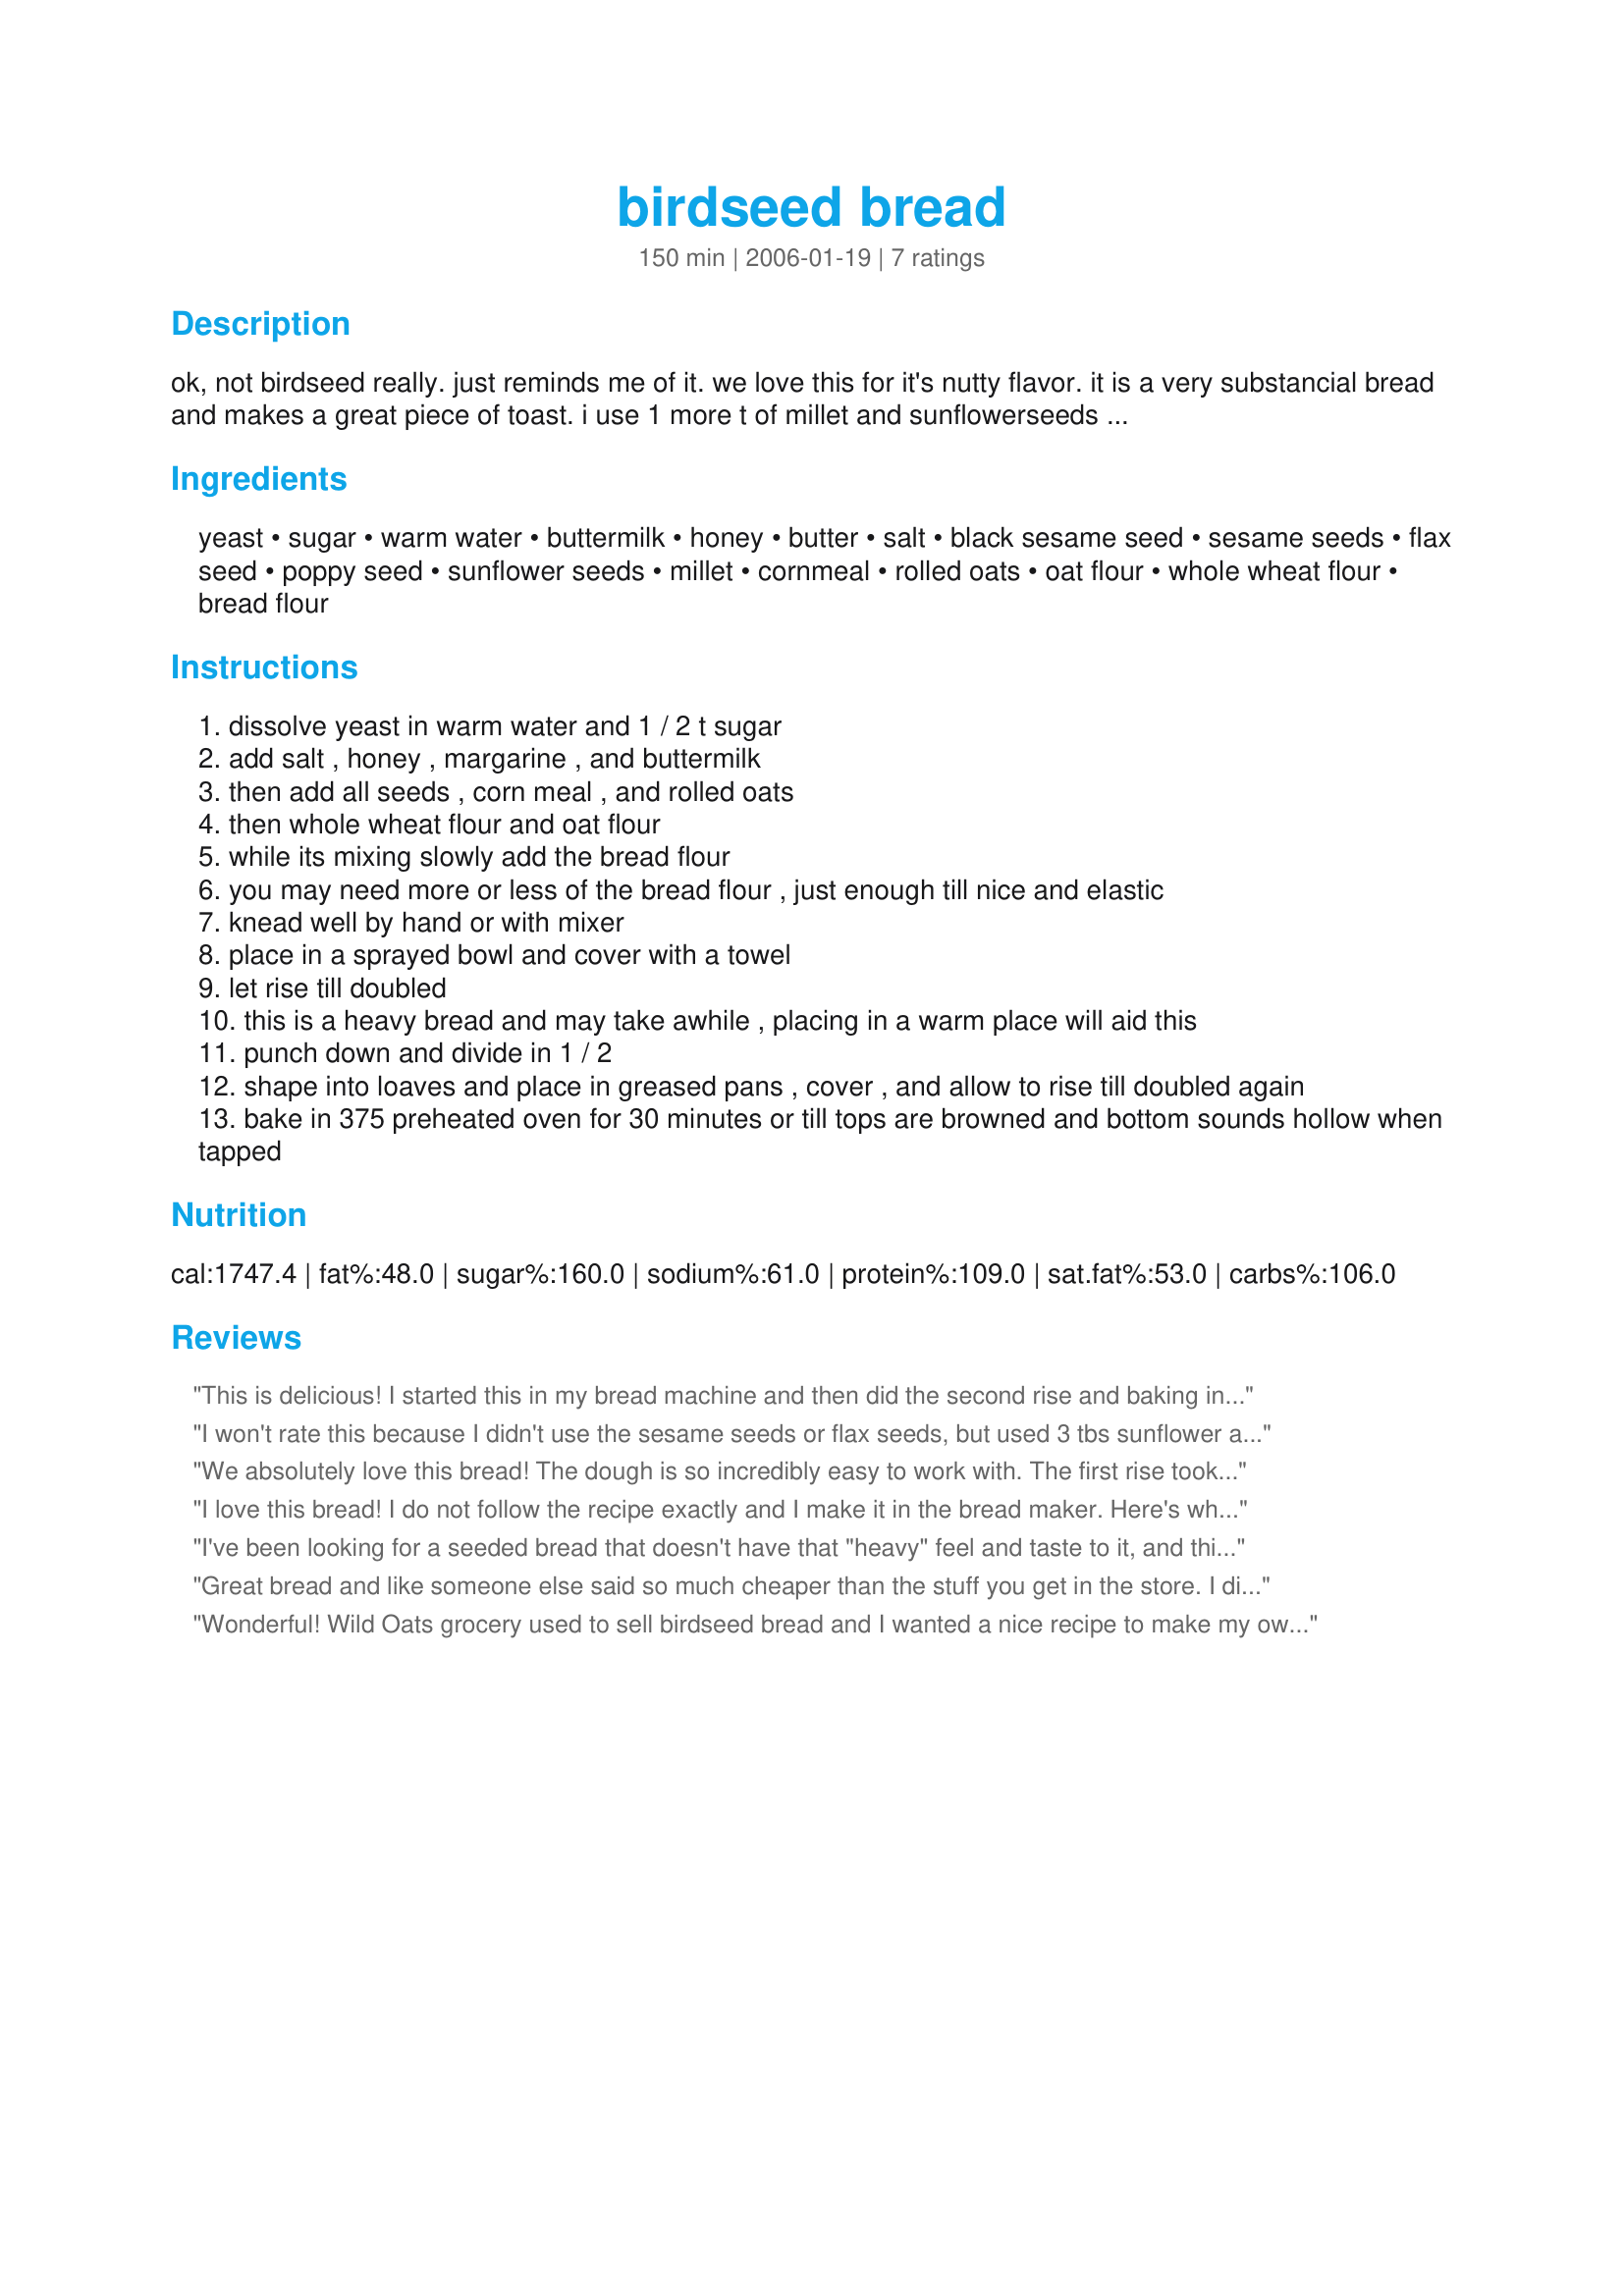
birdseed bread
Preparation time: 150 minutes

ok, not birdseed really. just reminds me of it. we love this for it's nutty flavor. it is a very substancial bread and makes a great piece of toast. i use 1 more t of millet and sunflowerseeds each and use rolled 6 grain instead of oats for us.

Ingredients:
yeast, sugar, warm water, buttermilk, honey, butter, salt, black sesame seed, sesame seeds, flax seed, poppy seed, sunflower seeds, millet, cornmeal, rolled oats, oat flour, whole wheat flour, bread flour

Steps:
dissolve yeast in warm water and 1 / 2 t sugar
add salt , honey , margarine , and buttermilk
then add all seeds , corn meal , and rolled oats
then whole wheat flour and oat flour
while its mixing slowly add the bread flour
you may need more or less of the bread flour , just enough till nice and elastic
knead well by hand or with mixer
place in a sprayed bowl and cover with a towel
let rise till doubled
this is a heavy bread and may take awhile , placing in a warm place will aid this
punch down and divide in 1 / 2
shape into loaves and place in greased pans , cover , and allow to rise till doubled again
bake in 375 preheated oven for 30 minutes or till tops are browned and bottom sounds hollow when tapped

Reviews:
This is delicious! I started this in my bread machine and then did the second rise and baking in the oven. This went really well with some homemade soup! Thanks for posting this!
I won't rate this because I didn't use the sesame seeds or flax seeds, but used 3 tbs sunflower and a 1/2 cup of walnuts. No millet, but 2 cornmeal. And the bread tastes good, but didn't rise the way I would have liked. Next time I will add some vital wheat gluten and see if that helps.
We absolutely love this bread! The dough is so incredibly easy to work with. The first rise took about 1 hour, and the loaves rose for about 45 minutes. The seeds give it such a nice crunchy texture. I didn't have any black sesame seeds so just doubled the plain ones. I also doubled the sunflower seeds and the millet as you suggested. I used rye flakes instead of oats, and whole wheat bread flour. I will be making this bread again, and again.
I love this bread! I do not follow the recipe exactly and I make it in the bread maker. Here's what I do: 1st I 1/2 this recipe so it will fit in the bread machine. I never have honey in the house so I use 2T of sugar in place of sugar and honey. I use 1 1/8C water and 2T buttermilk powder. I use 2T imperial margarine but don't bother melting it. I never have oat flour so I used 1/4C oatmeal and 1/4C oatmeal I processed until it was sort of powdery. I use 2t of whatever kinds of seed I have on hand, including bulgar wheat, flaxseeds, sunflower seeds, poppyseeds, etc. I put all in my bread maker; wet stuff and seeds 1st, then flours, finally the yeast, which I use 2 1/2t of. I use the wheat cycle on my breadmaker and this turns out GREAT! Easy to slice and it looks just like what you get in the store. 5 stars for any recipe that can withstand the long list of substitutions I use and still tastes great!
I've been looking for a seeded bread that doesn't have that "heavy" feel and taste to it, and this one fills the bill. I had to alter the proportions of seeds, using what I had in the house, but that was the only change I made. Used my KA mixer to knead. Beautiful bread! Will make time and time again. Thanks homegirl
Great bread and like someone else said so much cheaper than the stuff you get in the store. I did make the dough in my Bread Machine, loading as per the machine instructions. Also followed another reviewers thoughts and added vital wheat gluten. I didn&#039;t have millet and couldn&#039;t find it so just left that out. The end result was a high rising, soft, yummy bread that will be great for toast and sandwiches. It made two nice sized loafs and the cook time was right on.
Wonderful! Wild Oats grocery used to sell birdseed bread and I wanted a nice recipe to make my own since it was $3.50 a loaf. I love a nice multi-grain nutty dense bread. It's not super heavy and has a great flavor. I love it toasted. I did double the seeds to 2 T of each. It slices well. I did change the bread flour to 1 3/4 c. and then added 1 3/4 c. of King Arthur unbleached All-Purpose flour because I didn't have enough bread flour. It turned out great. Thank you very much for sharing! I've made two batches in the last two weeks! Yum!
